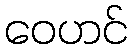
ဝေဟင်